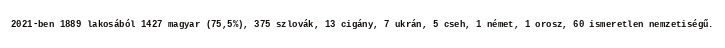
2021-ben 1889 lakosából 1427 magyar (75,5%), 375 szlovák, 13 cigány, 7 ukrán, 5 cseh, 1 német, 1 orosz, 60 ismeretlen nemzetiségű.